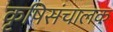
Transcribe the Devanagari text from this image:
कृषिसंचालक